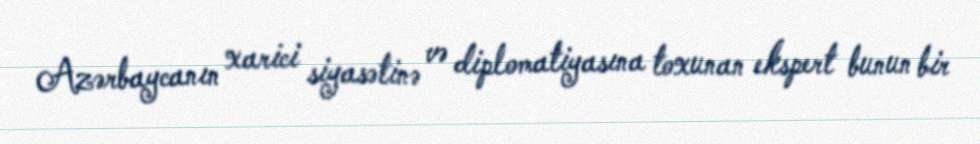
Azərbaycanın xarici siyasətinə və diplomatiyasına toxunan ekspert bunun bir